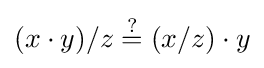
(x\cdot y)/z\mathrel {\overset {?}{=}} (x/z)\cdot y